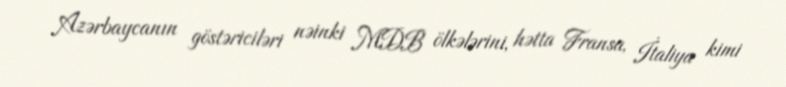
Azərbaycanın göstəriciləri nəinki MDB ölkələrini, hətta Fransa, İtaliya kimi